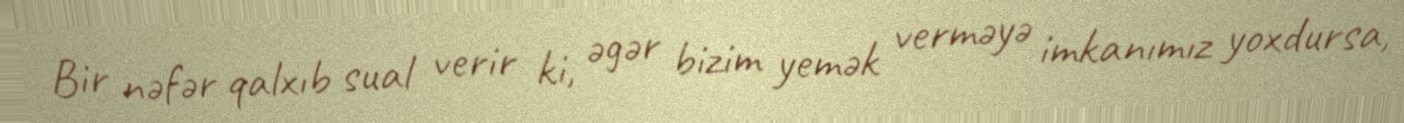
Bir nəfər qalxıb sual verir ki, əgər bizim yemək verməyə imkanımız yoxdursa,